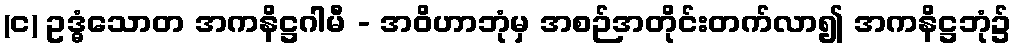
(င) ဥဒ္ဓံသောတ အကနိဋ္ဌဂါမီ - အဝိဟာဘုံမှ အစဉ်အတိုင်းတက်လာ၍ အကနိဋ္ဌဘုံ၌